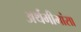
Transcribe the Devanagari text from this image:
अर्थमीमांसा